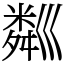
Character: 𥻘